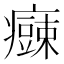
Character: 𱱫